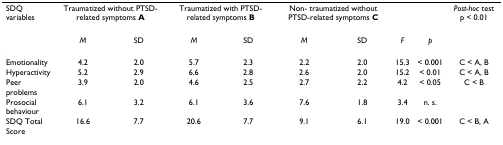
<table><thead><tr><td><b>SDQ variables</b></td><td colspan="2"><b>Traumatized without PTSD-related symptoms A</b></td><td colspan="2"><b>Traumatized with PTSD- related symptoms B</b></td><td colspan="2"><b>Non- traumatized without PTSD-related symptoms C</b></td><td></td><td></td><td><b><i>Post-hoc </i>test p &lt; 0.01</b></td></tr><tr><td></td><td><b><i>M</i></b></td><td><b>SD</b></td><td><b><i>M</i></b></td><td><b>SD</b></td><td><b><i>M</i></b></td><td><b>SD</b></td><td><b><i>F</i></b></td><td><b><i>p</i></b></td><td></td></tr></thead><tbody><tr><td>Emotionality</td><td>4.2</td><td>2.0</td><td>5.7</td><td>2.3</td><td>2.2</td><td>2.0</td><td>15.3</td><td>&lt; 0.001</td><td>C &lt; A, B</td></tr><tr><td>Hyperactivity</td><td>5.2</td><td>2.9</td><td>6.6</td><td>2.8</td><td>2.6</td><td>2.0</td><td>15.2</td><td>&lt; 0.01</td><td>C &lt; A, B</td></tr><tr><td>Peer problems</td><td>3.9</td><td>2.0</td><td>4.6</td><td>2.5</td><td>2.7</td><td>2.2</td><td>4.2</td><td>&lt; 0.05</td><td>C &lt; B</td></tr><tr><td>Prosocial behaviour</td><td>6.1</td><td>3.2</td><td>6.1</td><td>3.6</td><td>7.6</td><td>1.8</td><td>3.4</td><td>n. s.</td><td></td></tr><tr><td>SDQ Total Score</td><td>16.6</td><td>7.7</td><td>20.6</td><td>7.7</td><td>9.1</td><td>6.1</td><td>19.0</td><td>&lt; 0.001</td><td>C &lt; B, A</td></tr></tbody></table>